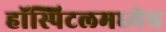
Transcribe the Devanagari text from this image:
हॉस्पिटलमध्येच